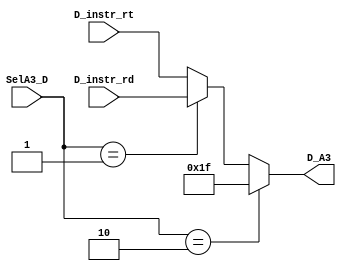
`timescale 1ns / 1ps
//////////////////////////////////////////////////////////////////////////////////
// Company: 
// Engineer: 
// 
// Design Name: 
// Module Name:    MUX 
// Project Name: 
// Target Devices: 
// Tool versions: 
// Description: 
//
// Dependencies: 
//
// Revision: 
// Revision 0.01 - File Created
// Additional Comments: 
//
//////////////////////////////////////////////////////////////////////////////////
module MUX_A3(
input wire [4:0] D_instr_rt,
input wire [4:0] D_instr_rd,
input wire [1:0] SelA3_D,
output wire [4:0] D_A3
    );
assign D_A3 = (SelA3_D == 2'b10) ? 5'b11111 :
				  (SelA3_D == 2'b01) ? D_instr_rd :
				  D_instr_rt;
endmodule

module MUX_ALU_B(
input [31:0] E_V2_f,
input [31:0] E_E32,
input wire SelALUB_E,
output wire [31:0] E_ALU_B 
);
assign E_ALU_B = (SelALUB_E) ? E_E32 : E_V2_f;
endmodule

module MUX_ALU_S(
input [4:0] E_shamt,
input [4:0] E_V1_f_shamt,
input SelALUS_E, 
output [4:0] E_shamt_f
);
assign E_shamt_f = (SelALUS_E == 1'b1) ? E_V1_f_shamt : E_shamt;
endmodule

module MUX_E_out(
input [31:0] E_E32,
input [31:0] E_pc8,
input wire SelEMout_E,
output wire [31:0] E_out
);
assign E_out = (SelEMout_E) ? E_pc8 : E_E32;
endmodule

module MUX_M_out(
input [31:0] M_AO,
input [31:0] M_pc8,
input wire SelEMout_M,
output wire [31:0] M_out
);
assign M_out = (SelEMout_M) ? M_pc8 : M_AO;
endmodule

module MUX_W_out(
input [31:0] W_AO,
input [31:0] W_DR,
input [31:0] W_pc8,
input [1:0] SelWout_W,
output [31:0] W_out
);
assign W_out = (SelWout_W == 2'b10) ? W_pc8 :
					(SelWout_W == 2'b01) ? W_DR :
					W_AO;
endmodule

module HMUX_CMP_D1(
input [31:0] GRF_RD1,
input [31:0] M_out,
input [31:0] E_out,
input [1:0] FwdCMPD1,
output [31:0] D_V1_f
);
assign D_V1_f = (FwdCMPD1 == 2'b10) ? E_out :
					 (FwdCMPD1 == 2'b01) ? M_out :
					 GRF_RD1;
endmodule

module HMUX_CMP_D2(
input [31:0] GRF_RD2,
input [31:0] M_out,
input [31:0] E_out,
input [1:0] FwdCMPD2,
output [31:0] D_V2_f
);
assign D_V2_f = (FwdCMPD2 == 2'b10) ? E_out :
					 (FwdCMPD2 == 2'b01) ? M_out :
					 GRF_RD2;
endmodule

module HMUX_ALU_A(
input [31:0] E_V1,
input [31:0] W_out,
input [31:0] M_out,
input [1:0] FwdALUA,
output [31:0] E_V1_f
);
assign E_V1_f = (FwdALUA == 2'b10) ? M_out :
					 (FwdALUA == 2'b01) ? W_out :
					 E_V1;
endmodule

module HMUX_ALU_B(
input [31:0] E_V2,
input [31:0] W_out,
input [31:0] M_out,
input [1:0] FwdALUB,
output [31:0] E_V2_f
);
assign E_V2_f = (FwdALUB == 2'b10) ? M_out :
					  (FwdALUB == 2'b01) ? W_out :
					  E_V2;
endmodule


module HMUX_DM(
input [31:0] M_V2,
input [31:0] W_out,
input FwdDM,
output [31:0] M_V1_f
);
assign M_V1_f = (FwdDM) ? W_out : M_V2;	
endmodule

module HMUX_NPC(
input [31:0] GRF_RD1,
input [31:0] M_out,
input [31:0] E_out,
input [1:0] FwdCMPD1,
output [31:0] D_RA_f
);
assign D_RA_f  = (FwdCMPD1 == 2'b10) ? E_out :
					 (FwdCMPD1 == 2'b01) ? M_out :
					 GRF_RD1;
endmodule